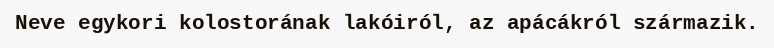
Neve egykori kolostorának lakóiról, az apácákról származik.